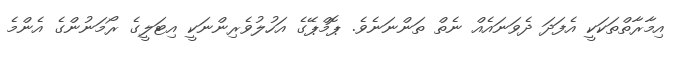
އިމާރާތްތަކަކީ އެފަދަ ދެވަނައެއް ނެތް ތަންނަނެވެ. ޕޮމްޕޭގެ އަހުލުވެރިންނަކީ އިޓަލީގެ ރޯމަނުންގެ އެންމެ